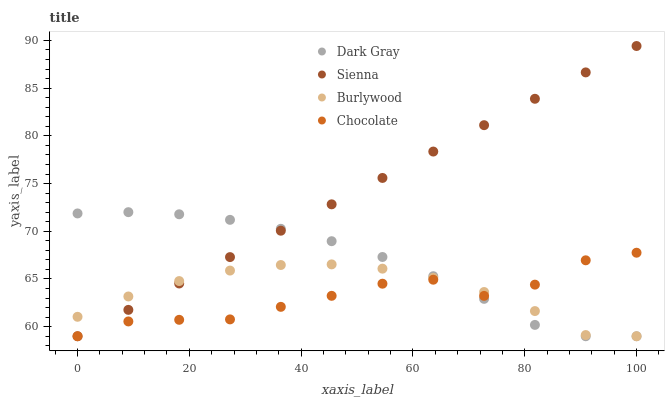
| xaxis_label | Dark Gray | Sienna | Burlywood | Chocolate |
 | --- | --- | --- | --- | --- |
 | 0 | 71.9 | 59 | 61 | 59 |
 | 9.09 | 72 | 61.8 | 63.2 | 60.6 |
 | 18.2 | 71.8 | 64.5 | 64.8 | 60.7 |
 | 27.3 | 71.2 | 67.3 | 65.9 | 60.8 |
 | 36.4 | 70.3 | 70.1 | 66.5 | 62.1 |
 | 45.5 | 69 | 72.8 | 66.5 | 63.2 |
 | 54.5 | 67.3 | 75.6 | 66.1 | 64.5 |
 | 63.6 | 65.3 | 78.4 | 65.1 | 64.9 |
 | 72.7 | 62.9 | 81.1 | 63.6 | 63.2 |
 | 81.8 | 60.2 | 83.9 | 61.6 | 64.4 |
 | 90.9 | 59 | 86.6 | 59.1 | 67 |
 | 100 | 59 | 89.4 | 59 | 67.8 |